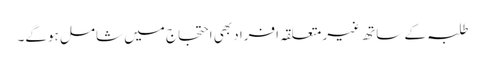
طلبہ کے ساتھ غیر متعلقہ افراد بھی احتجاج میں شامل ہوگے۔